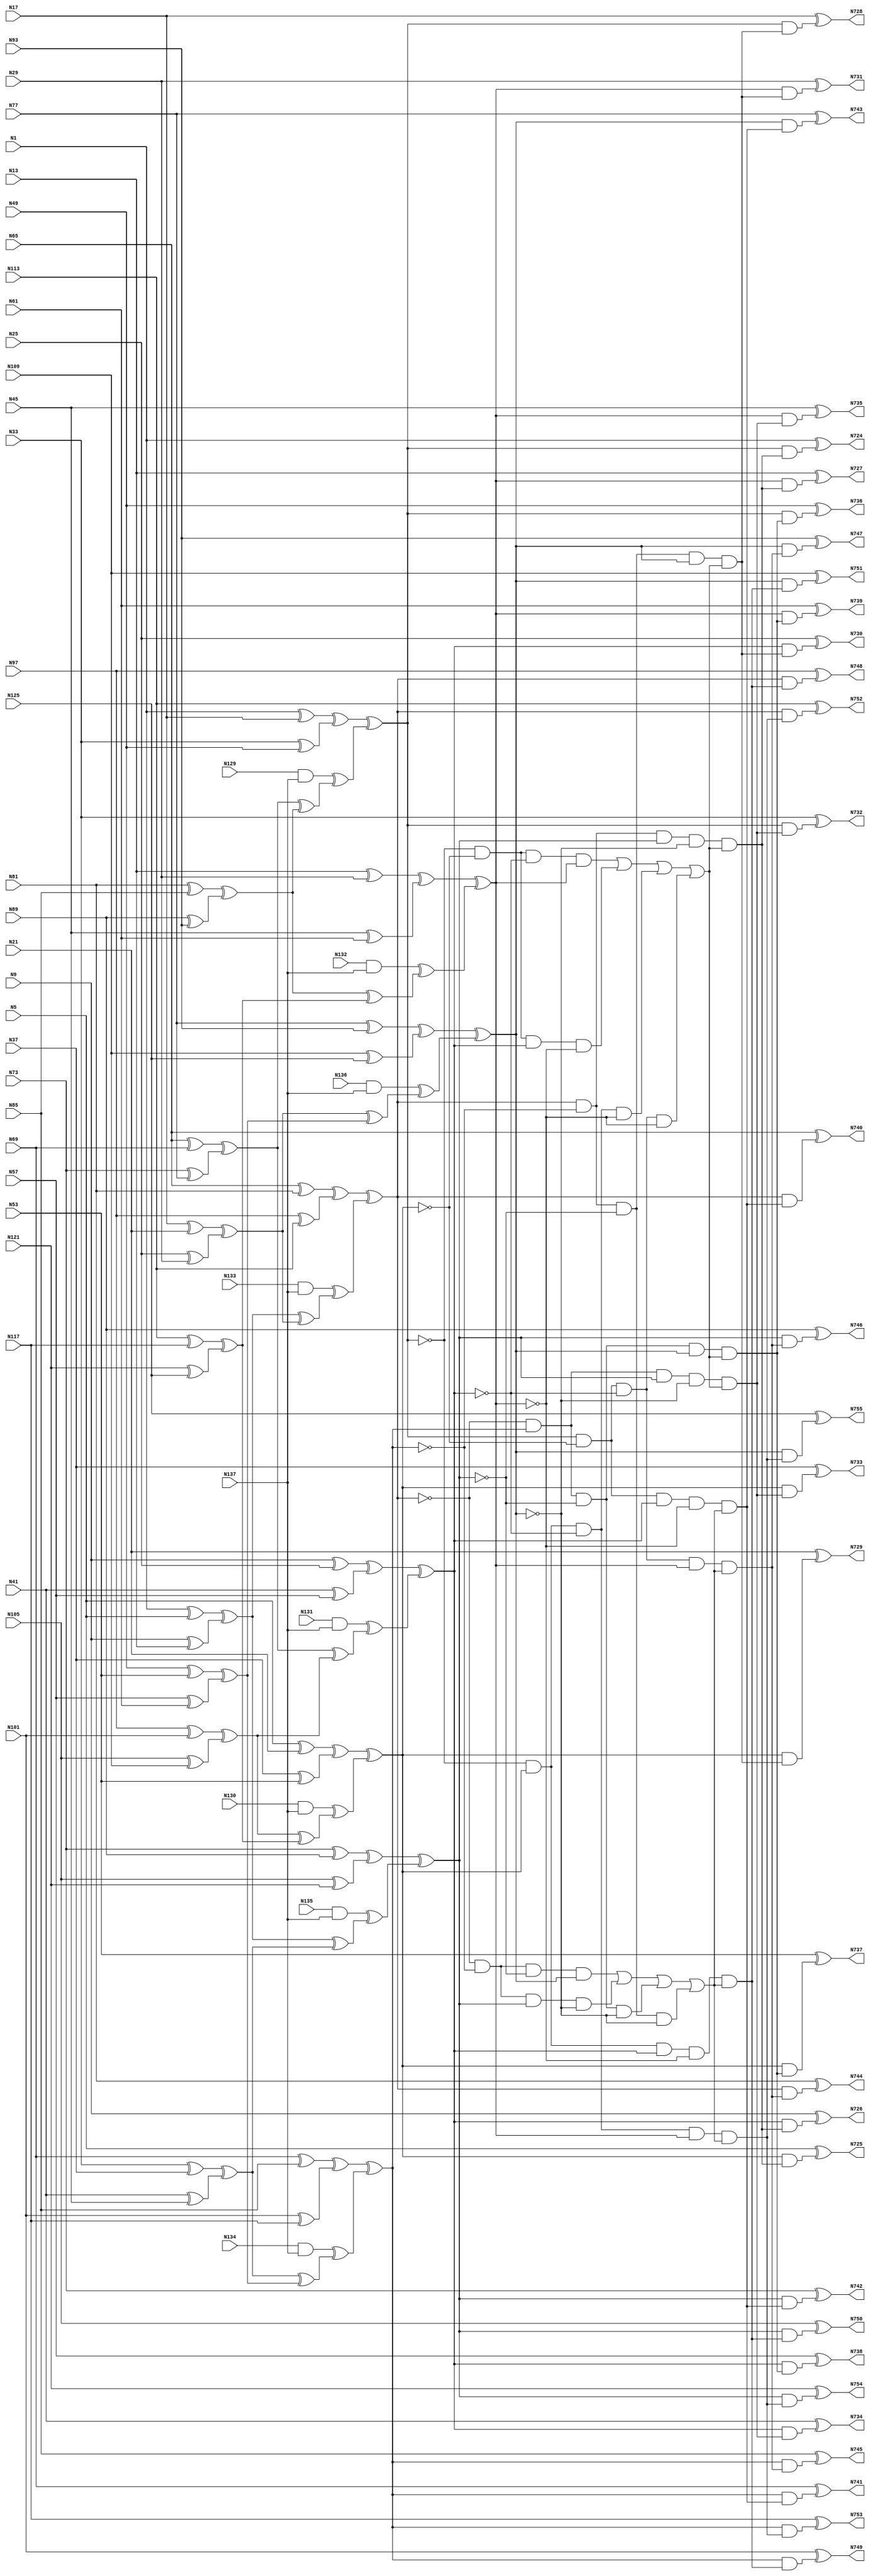
// This program was cloned from: https://github.com/lnis-uofu/LSOracle
// License: MIT License

// Verilog
// c499
// Ninputs 41
// Noutputs 32
// NtotalGates 202
// XOR2 104
// AND2 40
// NOT1 40
// AND4 8
// OR4 2
// AND5 8

module c499 (N1,N5,N9,N13,N17,N21,N25,N29,N33,N37,
             N41,N45,N49,N53,N57,N61,N65,N69,N73,N77,
             N81,N85,N89,N93,N97,N101,N105,N109,N113,N117,
             N121,N125,N129,N130,N131,N132,N133,N134,N135,N136,
             N137,N724,N725,N726,N727,N728,N729,N730,N731,N732,
             N733,N734,N735,N736,N737,N738,N739,N740,N741,N742,
             N743,N744,N745,N746,N747,N748,N749,N750,N751,N752,
             N753,N754,N755);

input N1,N5,N9,N13,N17,N21,N25,N29,N33,N37,
      N41,N45,N49,N53,N57,N61,N65,N69,N73,N77,
      N81,N85,N89,N93,N97,N101,N105,N109,N113,N117,
      N121,N125,N129,N130,N131,N132,N133,N134,N135,N136,
      N137;

output N724,N725,N726,N727,N728,N729,N730,N731,N732,N733,
       N734,N735,N736,N737,N738,N739,N740,N741,N742,N743,
       N744,N745,N746,N747,N748,N749,N750,N751,N752,N753,
       N754,N755;

wire N250,N251,N252,N253,N254,N255,N256,N257,N258,N259,
     N260,N261,N262,N263,N264,N265,N266,N267,N268,N269,
     N270,N271,N272,N273,N274,N275,N276,N277,N278,N279,
     N280,N281,N282,N283,N284,N285,N286,N287,N288,N289,
     N290,N293,N296,N299,N302,N305,N308,N311,N314,N315,
     N316,N317,N318,N319,N320,N321,N338,N339,N340,N341,
     N342,N343,N344,N345,N346,N347,N348,N349,N350,N351,
     N352,N353,N354,N367,N380,N393,N406,N419,N432,N445,
     N554,N555,N556,N557,N558,N559,N560,N561,N562,N563,
     N564,N565,N566,N567,N568,N569,N570,N571,N572,N573,
     N574,N575,N576,N577,N578,N579,N580,N581,N582,N583,
     N584,N585,N586,N587,N588,N589,N590,N591,N592,N593,
     N594,N595,N596,N597,N598,N599,N600,N601,N602,N607,
     N620,N625,N630,N635,N640,N645,N650,N655,N692,N693,
     N694,N695,N696,N697,N698,N699,N700,N701,N702,N703,
     N704,N705,N706,N707,N708,N709,N710,N711,N712,N713,
     N714,N715,N716,N717,N718,N719,N720,N721,N722,N723;

xor XOR2_1 (N250, N1, N5);
xor XOR2_2 (N251, N9, N13);
xor XOR2_3 (N252, N17, N21);
xor XOR2_4 (N253, N25, N29);
xor XOR2_5 (N254, N33, N37);
xor XOR2_6 (N255, N41, N45);
xor XOR2_7 (N256, N49, N53);
xor XOR2_8 (N257, N57, N61);
xor XOR2_9 (N258, N65, N69);
xor XOR2_10 (N259, N73, N77);
xor XOR2_11 (N260, N81, N85);
xor XOR2_12 (N261, N89, N93);
xor XOR2_13 (N262, N97, N101);
xor XOR2_14 (N263, N105, N109);
xor XOR2_15 (N264, N113, N117);
xor XOR2_16 (N265, N121, N125);
and AND2_17 (N266, N129, N137);
and AND2_18 (N267, N130, N137);
and AND2_19 (N268, N131, N137);
and AND2_20 (N269, N132, N137);
and AND2_21 (N270, N133, N137);
and AND2_22 (N271, N134, N137);
and AND2_23 (N272, N135, N137);
and AND2_24 (N273, N136, N137);
xor XOR2_25 (N274, N1, N17);
xor XOR2_26 (N275, N33, N49);
xor XOR2_27 (N276, N5, N21);
xor XOR2_28 (N277, N37, N53);
xor XOR2_29 (N278, N9, N25);
xor XOR2_30 (N279, N41, N57);
xor XOR2_31 (N280, N13, N29);
xor XOR2_32 (N281, N45, N61);
xor XOR2_33 (N282, N65, N81);
xor XOR2_34 (N283, N97, N113);
xor XOR2_35 (N284, N69, N85);
xor XOR2_36 (N285, N101, N117);
xor XOR2_37 (N286, N73, N89);
xor XOR2_38 (N287, N105, N121);
xor XOR2_39 (N288, N77, N93);
xor XOR2_40 (N289, N109, N125);
xor XOR2_41 (N290, N250, N251);
xor XOR2_42 (N293, N252, N253);
xor XOR2_43 (N296, N254, N255);
xor XOR2_44 (N299, N256, N257);
xor XOR2_45 (N302, N258, N259);
xor XOR2_46 (N305, N260, N261);
xor XOR2_47 (N308, N262, N263);
xor XOR2_48 (N311, N264, N265);
xor XOR2_49 (N314, N274, N275);
xor XOR2_50 (N315, N276, N277);
xor XOR2_51 (N316, N278, N279);
xor XOR2_52 (N317, N280, N281);
xor XOR2_53 (N318, N282, N283);
xor XOR2_54 (N319, N284, N285);
xor XOR2_55 (N320, N286, N287);
xor XOR2_56 (N321, N288, N289);
xor XOR2_57 (N338, N290, N293);
xor XOR2_58 (N339, N296, N299);
xor XOR2_59 (N340, N290, N296);
xor XOR2_60 (N341, N293, N299);
xor XOR2_61 (N342, N302, N305);
xor XOR2_62 (N343, N308, N311);
xor XOR2_63 (N344, N302, N308);
xor XOR2_64 (N345, N305, N311);
xor XOR2_65 (N346, N266, N342);
xor XOR2_66 (N347, N267, N343);
xor XOR2_67 (N348, N268, N344);
xor XOR2_68 (N349, N269, N345);
xor XOR2_69 (N350, N270, N338);
xor XOR2_70 (N351, N271, N339);
xor XOR2_71 (N352, N272, N340);
xor XOR2_72 (N353, N273, N341);
xor XOR2_73 (N354, N314, N346);
xor XOR2_74 (N367, N315, N347);
xor XOR2_75 (N380, N316, N348);
xor XOR2_76 (N393, N317, N349);
xor XOR2_77 (N406, N318, N350);
xor XOR2_78 (N419, N319, N351);
xor XOR2_79 (N432, N320, N352);
xor XOR2_80 (N445, N321, N353);
not NOT1_81 (N554, N354);
not NOT1_82 (N555, N367);
not NOT1_83 (N556, N380);
not NOT1_84 (N557, N354);
not NOT1_85 (N558, N367);
not NOT1_86 (N559, N393);
not NOT1_87 (N560, N354);
not NOT1_88 (N561, N380);
not NOT1_89 (N562, N393);
not NOT1_90 (N563, N367);
not NOT1_91 (N564, N380);
not NOT1_92 (N565, N393);
not NOT1_93 (N566, N419);
not NOT1_94 (N567, N445);
not NOT1_95 (N568, N419);
not NOT1_96 (N569, N432);
not NOT1_97 (N570, N406);
not NOT1_98 (N571, N445);
not NOT1_99 (N572, N406);
not NOT1_100 (N573, N432);
not NOT1_101 (N574, N406);
not NOT1_102 (N575, N419);
not NOT1_103 (N576, N432);
not NOT1_104 (N577, N406);
not NOT1_105 (N578, N419);
not NOT1_106 (N579, N445);
not NOT1_107 (N580, N406);
not NOT1_108 (N581, N432);
not NOT1_109 (N582, N445);
not NOT1_110 (N583, N419);
not NOT1_111 (N584, N432);
not NOT1_112 (N585, N445);
not NOT1_113 (N586, N367);
not NOT1_114 (N587, N393);
not NOT1_115 (N588, N367);
not NOT1_116 (N589, N380);
not NOT1_117 (N590, N354);
not NOT1_118 (N591, N393);
not NOT1_119 (N592, N354);
not NOT1_120 (N593, N380);
and AND4_121 (N594, N554, N555, N556, N393);
and AND4_122 (N595, N557, N558, N380, N559);
and AND4_123 (N596, N560, N367, N561, N562);
and AND4_124 (N597, N354, N563, N564, N565);
and AND4_125 (N598, N574, N575, N576, N445);
and AND4_126 (N599, N577, N578, N432, N579);
and AND4_127 (N600, N580, N419, N581, N582);
and AND4_128 (N601, N406, N583, N584, N585);
or OR4_129 (N602, N594, N595, N596, N597);
or OR4_130 (N607, N598, N599, N600, N601);
and AND5_131 (N620, N406, N566, N432, N567, N602);
and AND5_132 (N625, N406, N568, N569, N445, N602);
and AND5_133 (N630, N570, N419, N432, N571, N602);
and AND5_134 (N635, N572, N419, N573, N445, N602);
and AND5_135 (N640, N354, N586, N380, N587, N607);
and AND5_136 (N645, N354, N588, N589, N393, N607);
and AND5_137 (N650, N590, N367, N380, N591, N607);
and AND5_138 (N655, N592, N367, N593, N393, N607);
and AND2_139 (N692, N354, N620);
and AND2_140 (N693, N367, N620);
and AND2_141 (N694, N380, N620);
and AND2_142 (N695, N393, N620);
and AND2_143 (N696, N354, N625);
and AND2_144 (N697, N367, N625);
and AND2_145 (N698, N380, N625);
and AND2_146 (N699, N393, N625);
and AND2_147 (N700, N354, N630);
and AND2_148 (N701, N367, N630);
and AND2_149 (N702, N380, N630);
and AND2_150 (N703, N393, N630);
and AND2_151 (N704, N354, N635);
and AND2_152 (N705, N367, N635);
and AND2_153 (N706, N380, N635);
and AND2_154 (N707, N393, N635);
and AND2_155 (N708, N406, N640);
and AND2_156 (N709, N419, N640);
and AND2_157 (N710, N432, N640);
and AND2_158 (N711, N445, N640);
and AND2_159 (N712, N406, N645);
and AND2_160 (N713, N419, N645);
and AND2_161 (N714, N432, N645);
and AND2_162 (N715, N445, N645);
and AND2_163 (N716, N406, N650);
and AND2_164 (N717, N419, N650);
and AND2_165 (N718, N432, N650);
and AND2_166 (N719, N445, N650);
and AND2_167 (N720, N406, N655);
and AND2_168 (N721, N419, N655);
and AND2_169 (N722, N432, N655);
and AND2_170 (N723, N445, N655);
xor XOR2_171 (N724, N1, N692);
xor XOR2_172 (N725, N5, N693);
xor XOR2_173 (N726, N9, N694);
xor XOR2_174 (N727, N13, N695);
xor XOR2_175 (N728, N17, N696);
xor XOR2_176 (N729, N21, N697);
xor XOR2_177 (N730, N25, N698);
xor XOR2_178 (N731, N29, N699);
xor XOR2_179 (N732, N33, N700);
xor XOR2_180 (N733, N37, N701);
xor XOR2_181 (N734, N41, N702);
xor XOR2_182 (N735, N45, N703);
xor XOR2_183 (N736, N49, N704);
xor XOR2_184 (N737, N53, N705);
xor XOR2_185 (N738, N57, N706);
xor XOR2_186 (N739, N61, N707);
xor XOR2_187 (N740, N65, N708);
xor XOR2_188 (N741, N69, N709);
xor XOR2_189 (N742, N73, N710);
xor XOR2_190 (N743, N77, N711);
xor XOR2_191 (N744, N81, N712);
xor XOR2_192 (N745, N85, N713);
xor XOR2_193 (N746, N89, N714);
xor XOR2_194 (N747, N93, N715);
xor XOR2_195 (N748, N97, N716);
xor XOR2_196 (N749, N101, N717);
xor XOR2_197 (N750, N105, N718);
xor XOR2_198 (N751, N109, N719);
xor XOR2_199 (N752, N113, N720);
xor XOR2_200 (N753, N117, N721);
xor XOR2_201 (N754, N121, N722);
xor XOR2_202 (N755, N125, N723);

endmodule